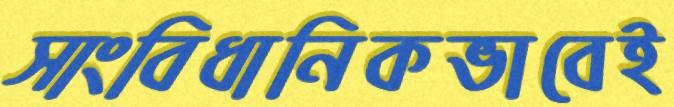
সাংবিধানিকভাবেই